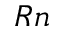
_ { R n }